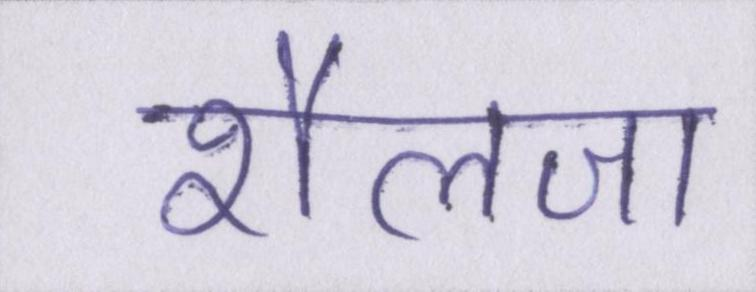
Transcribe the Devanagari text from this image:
शैलजा